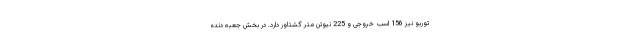
توربو نیز 156 اسب خروجی و 225 نیوتن متر گشتاور دارد. در بخش جعبه دنده